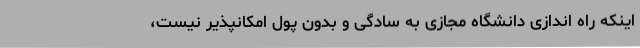
اینکه راه اندازی دانشگاه مجازی به سادگی و بدون پول امکانپذیر نیست،